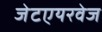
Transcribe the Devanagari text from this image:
जेटएयरवेज